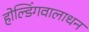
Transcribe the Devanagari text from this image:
होल्डिंगवालाधन